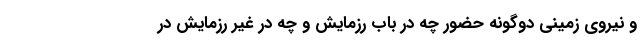
و نیروی زمینی دوگونه حضور چه در باب رزمایش و چه در غیر رزمایش در